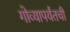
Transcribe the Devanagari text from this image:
गोव्यापर्यंतची